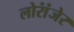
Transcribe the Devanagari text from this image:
लोरांंजेर